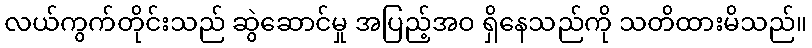
လယ်ကွက်တိုင်းသည် ဆွဲဆောင်မှု အပြည့်အဝ ရှိနေသည်ကို သတိထားမိသည်။